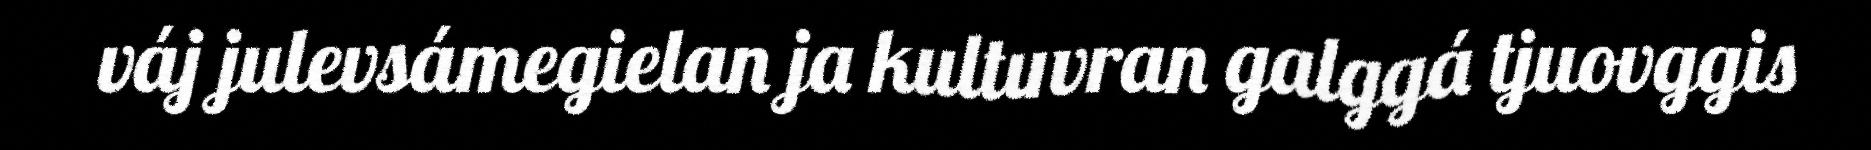
váj julevsámegielan ja kultuvran galggá tjuovggis